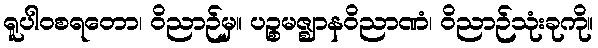
ရူပါဝစရတော၊ ဝိညာဉ်မှ။ ပဉ္စမဇ္ဈာနဝိညာဏံ၊ ဝိညာဉ်သုံးခုကို။